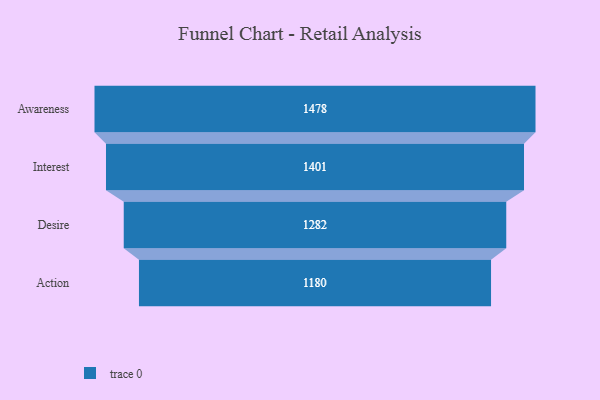
{"axis": {"x": "Stage", "y": "Value"}, "legend": [""], "data": [{"x": "Awareness", "y": 1478.0, "type": ""}, {"x": "Interest", "y": 1401.0, "type": ""}, {"x": "Desire", "y": 1282.0, "type": ""}, {"x": "Action", "y": 1180.0, "type": ""}]}